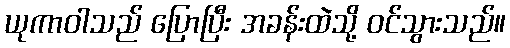
ယုကာဝါသည် ပြောပြီး အခန်းထဲသို့ ဝင်သွားသည်။